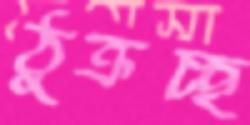
ঠুক্‌রচ্ছ